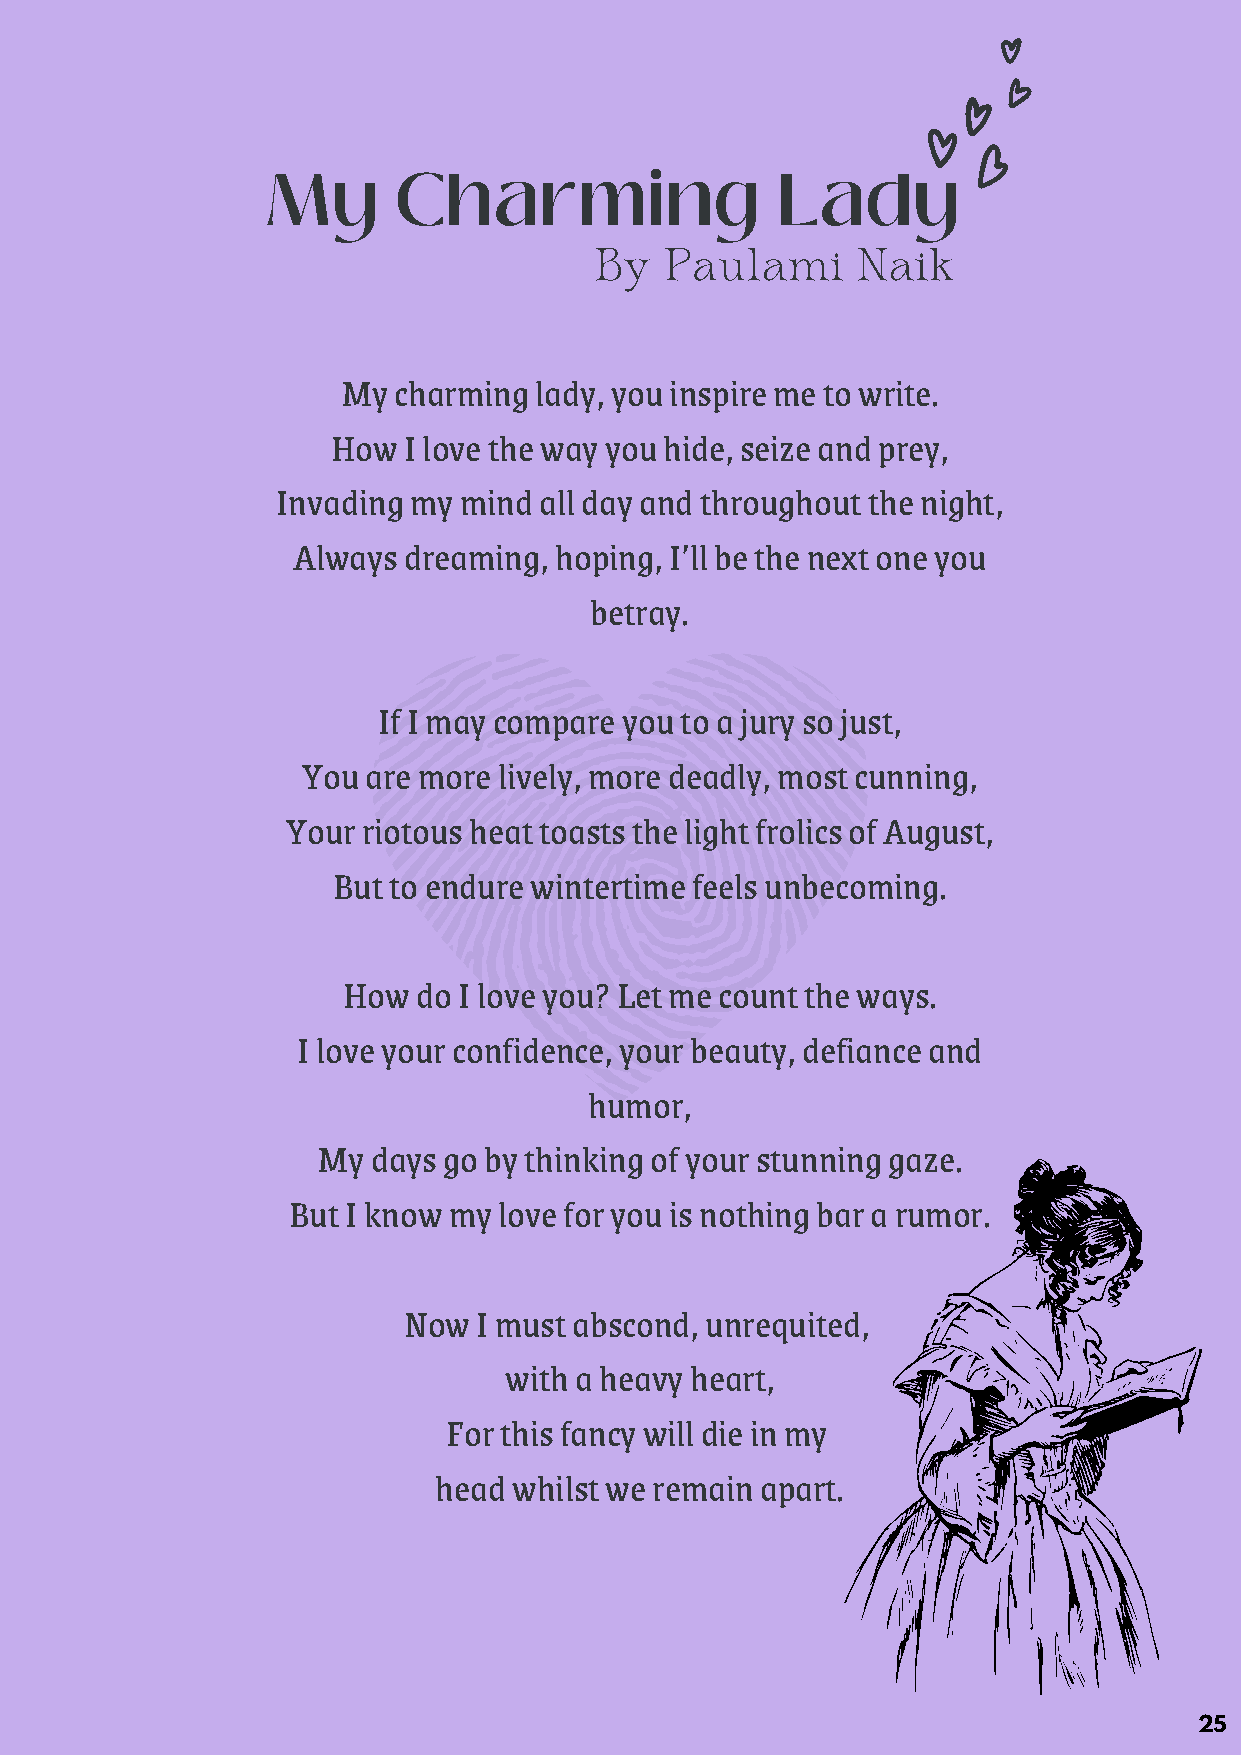
My      Charming                 Lady
 By   Paulami      Naik
 My charming lady, you inspire me to write.
 How  I love the way you hide, seize and prey,
 Invading my mind  all day and throughout the night,
 Always  dreaming, hoping, I’ll be the next one you
 betray.
 If I may compare you to a jury so just,
 You are more lively, more deadly, most cunning,
 Your riotous heat toasts the light frolics of August,
 But to endure wintertime feels unbecoming.
 How  do I love you? Let me count the ways.
 I love your confidence, your beauty, defiance and
 humor,
 My  days go by thinking of your stunning gaze.
 But I know my love for you is nothing bar a rumor.
 Now  I must abscond, unrequited,
 with a heavy heart,
 For this fancy will die in my
 head whilst we remain apart.
 25